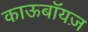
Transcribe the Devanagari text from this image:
काऊबॉयज़